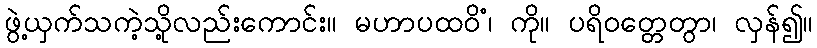
ဖွဲ့ယှက်သကဲ့သို့လည်းကောင်း။ မဟာပထဝိံ၊ ကို။ ပရိဝတ္တေတွာ၊ လှန်၍။